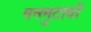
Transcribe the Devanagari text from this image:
मनमुटावों